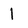
Character: l